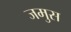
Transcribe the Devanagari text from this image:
जमुस